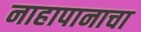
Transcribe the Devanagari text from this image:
नाहापानाचा